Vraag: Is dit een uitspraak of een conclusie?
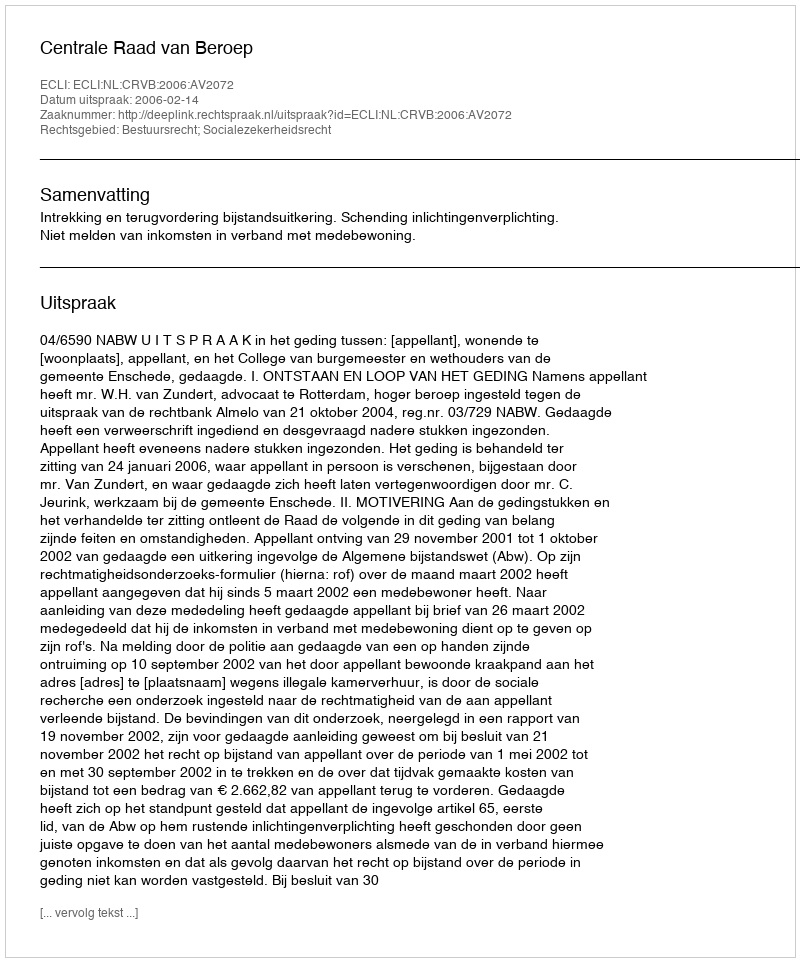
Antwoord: Uitspraak